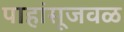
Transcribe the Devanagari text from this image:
पाहांसूजवळ